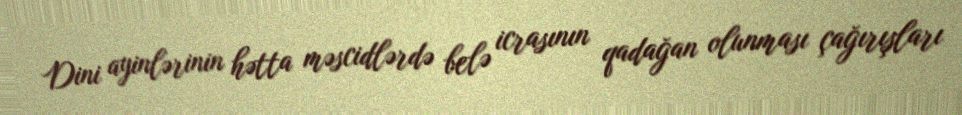
Dini ayinlərinin hətta məscidlərdə belə icrasının qadağan olunması çağırışları